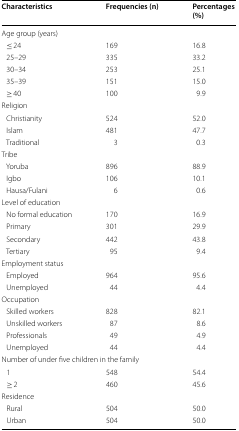
<table><thead><tr><td><b>Characteristics</b></td><td><b>Frequencies (n)</b></td><td><b>Percentages (%)</b></td></tr></thead><tbody><tr><td colspan="3">Age group (years)</td></tr><tr><td> ≤ 24</td><td>169</td><td>16.8</td></tr><tr><td> 25–29</td><td>335</td><td>33.2</td></tr><tr><td> 30–34</td><td>253</td><td>25.1</td></tr><tr><td> 35–39</td><td>151</td><td>15.0</td></tr><tr><td> ≥ 40</td><td>100</td><td>9.9</td></tr><tr><td colspan="3">Religion</td></tr><tr><td> Christianity</td><td>524</td><td>52.0</td></tr><tr><td> Islam</td><td>481</td><td>47.7</td></tr><tr><td> Traditional</td><td>3</td><td>0.3</td></tr><tr><td colspan="3">Tribe</td></tr><tr><td> Yoruba</td><td>896</td><td>88.9</td></tr><tr><td> Igbo</td><td>106</td><td>10.1</td></tr><tr><td> Hausa/Fulani</td><td>6</td><td>0.6</td></tr><tr><td colspan="3">Level of education</td></tr><tr><td> No formal education</td><td>170</td><td>16.9</td></tr><tr><td> Primary</td><td>301</td><td>29.9</td></tr><tr><td> Secondary</td><td>442</td><td>43.8</td></tr><tr><td> Tertiary</td><td>95</td><td>9.4</td></tr><tr><td colspan="3">Employment status</td></tr><tr><td> Employed</td><td>964</td><td>95.6</td></tr><tr><td> Unemployed</td><td>44</td><td>4.4</td></tr><tr><td colspan="3">Occupation</td></tr><tr><td> Skilled workers</td><td>828</td><td>82.1</td></tr><tr><td> Unskilled workers</td><td>87</td><td>8.6</td></tr><tr><td> Professionals</td><td>49</td><td>4.9</td></tr><tr><td> Unemployed</td><td>44</td><td>4.4</td></tr><tr><td colspan="3">Number of under five children in the family</td></tr><tr><td> 1</td><td>548</td><td>54.4</td></tr><tr><td> ≥ 2</td><td>460</td><td>45.6</td></tr><tr><td colspan="3">Residence</td></tr><tr><td> Rural</td><td>504</td><td>50.0</td></tr><tr><td> Urban</td><td>504</td><td>50.0</td></tr></tbody></table>